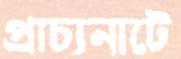
প্রাচ্যনাটে